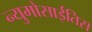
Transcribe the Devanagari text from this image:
न्युमोसाईतिस